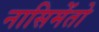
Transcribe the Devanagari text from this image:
नासिमेंतो